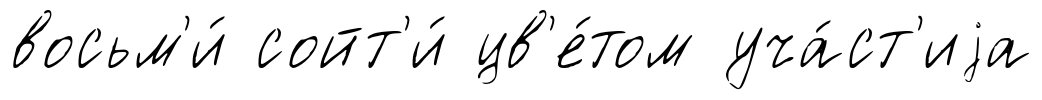
восьм'и́ сойт'и́ цв'е́том уча́ст'иjа